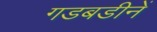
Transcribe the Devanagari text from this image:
गडबडीनें